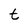
Character: t